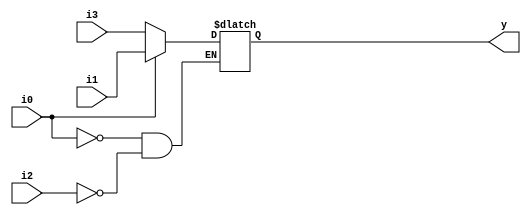

module incomp_if2 (input i0 , input i1 , input i2 , input i3, output reg y);
always @ (*)
begin
	if(i0)
		y <= i1;
	else if (i2)
		y <= i3;

end
endmodule